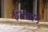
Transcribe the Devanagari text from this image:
इतबाने